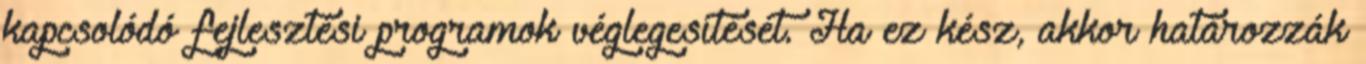
kapcsolódó fejlesztési programok véglegesítését. Ha ez kész, akkor határozzák